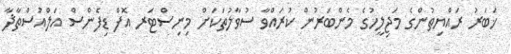
ޚަބަރު ރައްޔިތުންގެ މަޖިލީހުގެ މެންބަރުން ކުރައްވާ ސުވާލުތަކަށް މިނިސްޓަރ އޮފް ޑިފެންސް އަލްއުސްތާޛާ